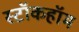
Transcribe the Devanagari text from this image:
स्टॉकहॉम